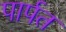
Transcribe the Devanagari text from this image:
पार्पत